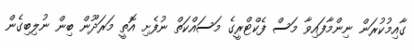
ގާއިމުކުރަން ނިންމާފައިވާ މަސް ފެކްޓްރީގެ މަސައްކަތް ނުފެށި އޮތީ މަރަދޫން ބިން ނުލިބިގެން